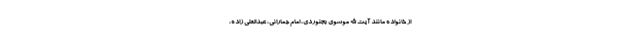
از خانواده مانند آیت الله موسوی بجنوردی، امام جمارانی، عبدالعلی زاده،